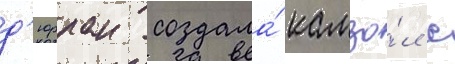
д'юрран создала́ камзо́л с